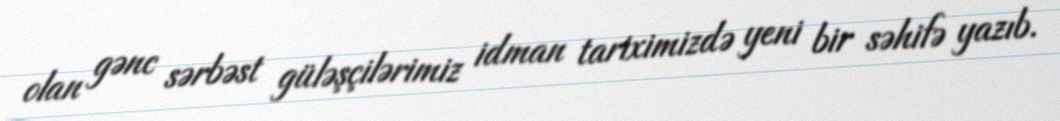
olan gənc sərbəst güləşçilərimiz idman tariximizdə yeni bir səhifə yazıb.